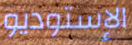
الإستوديو